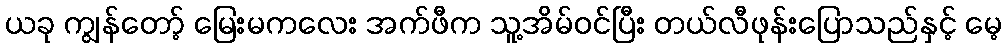
ယခု ကျွန်တော့် မြေးမကလေး အက်ဖီက သူ့အိမ်ဝင်ပြီး တယ်လီဖုန်းပြောသည်နှင့် မေ့